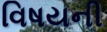
વિષયની